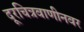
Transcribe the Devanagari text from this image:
दूरचित्रवाणीनवर